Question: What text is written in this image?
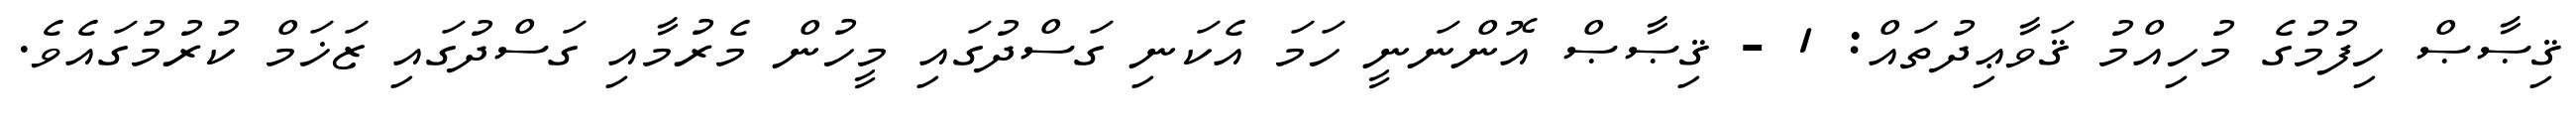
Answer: ޤިޞާޞް ހިފުމުގެ މުހިއްމު ޤަވާޢިދުތައް: 1 - ޤިޞާޞް އޮންނަނީ ހަމަ އެކަނި ގަސްދުގައި މީހުން މެރުމާއި ގަސްދުގައި ޒަޚަމް ކުރުމުގައެވެ.